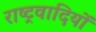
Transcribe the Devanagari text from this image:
राष्‍ट्रवादियों